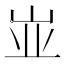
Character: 𰎑